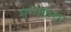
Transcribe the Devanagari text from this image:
मग्गकथा